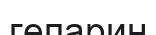
гепарин